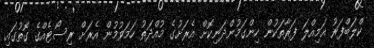
ކްލަބްފަރު އަމިއްލަ ފަރާތަކުން ހިންގަމުންދަނިކޮށް އެރަށުގެ މުއްދަތު ހަމަވުމުން އެރަށް ރިސޯޓެއްގެ ގޮތުގައި